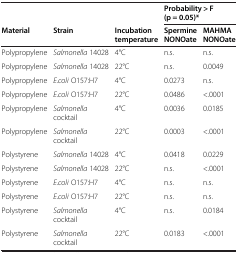
|  |  |  | <COLSPAN=2> Probability > F (p = 0.05)* |
 | Material | Strain | Incubation temperature | Spermine NONOate | MAHMA NONOate |
 | --- | --- | --- | --- | --- |
 | Polypropylene | Salmonella 14028 | 4°C | n.s. | n.s. |
 | Polypropylene | Salmonella 14028 | 22°C | n.s. | 0.0049 |
 | Polypropylene | E.coli O157:H7 | 4°C | 0.0273 | n.s. |
 | Polypropylene | E.coli O157:H7 | 22°C | 0.0486 | <.0001 |
 | Polypropylene | Salmonella cocktail | 4°C | 0.0036 | 0.0185 |
 | Polypropylene | Salmonella cocktail | 22°C | 0.0003 | <.0001 |
 | Polystyrene | Salmonella 14028 | 4°C | 0.0418 | 0.0229 |
 | Polystyrene | Salmonella 14028 | 22°C | n.s. | <.0001 |
 | Polystyrene | E.coli O157:H7 | 4°C | n.s. | n.s. |
 | Polystyrene | E.coli O157:H7 | 22°C | n.s. | n.s. |
 | Polystyrene | Salmonella cocktail | 4°C | n.s. | 0.0184 |
 | Polystyrene | Salmonella cocktail | 22°C | 0.0183 | <.0001 |